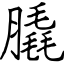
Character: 膬